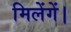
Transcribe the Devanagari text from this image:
मिलेंगें।